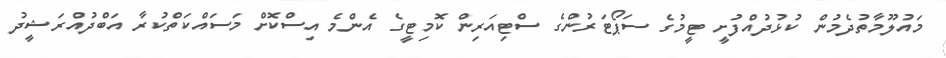
މައުލޫމާތުދެމުން ކުޅުދުއްފުށީ ޓީމުގެ ސަޕޯޓަރުންގެ ސްޓިއަރިން ކޮމިޓީގެ އެންމެ އިސްކޮށް މަސައްކަތްކުރާ އަބްދުއްރަޝީދު